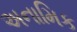
અનામિક